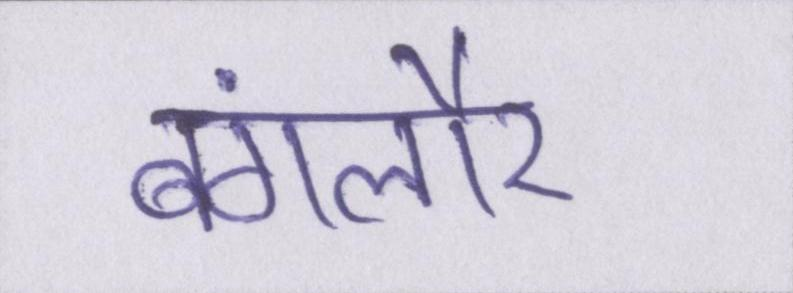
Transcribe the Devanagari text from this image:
बंगलौर